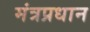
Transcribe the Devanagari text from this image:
मंत्रप्रधान